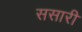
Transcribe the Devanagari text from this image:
ससारी